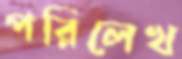
পরিলেখ